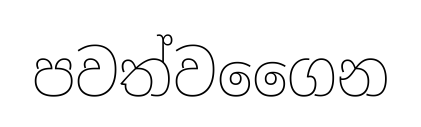
පවත්වගෛන